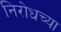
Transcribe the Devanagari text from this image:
निरोधच्या